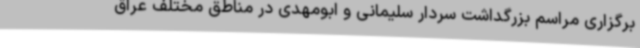
برگزاری مراسم بزرگداشت سردار سلیمانی و ابومهدی در مناطق مختلف عراق